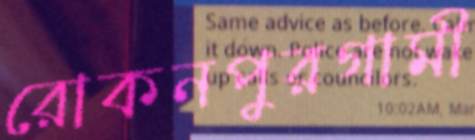
রোকনপুরগামী